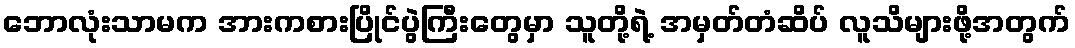
ဘောလုံးသာမက အားကစားပြိုင်ပွဲကြီးတွေမှာ သူတို့ရဲ့ အမှတ်တံဆိပ် လူသိများဖို့အတွက်